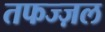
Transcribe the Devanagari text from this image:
तफज्ज़ल